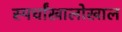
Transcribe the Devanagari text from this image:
स्पर्धांखालोखाल